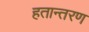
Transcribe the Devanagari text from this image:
हतान्तरण